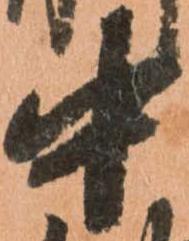
中